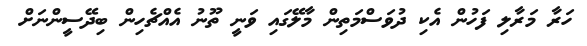
ހަރާ މަރާލި ފަހުން އެކި ދުވަސްމަތިން މާލޭގައި ވަނީ ތޫނު އެއްޗެހިން ބިދޭސީންނަށް